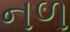
નળ